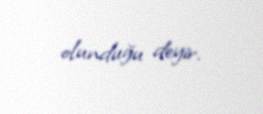
olunduğu deyir.